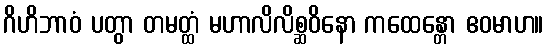
ဂိဟိဘာဝံ ပတွာ တမတ္ထံ မဟာလိလိစ္ဆဝိနော ကထေန္တော ဧဝမာဟ။